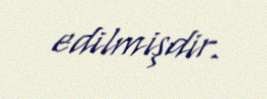
edilmişdir.